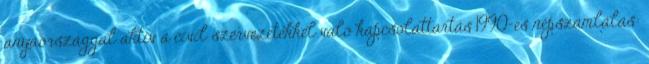
anyaországgal aktív a civil szervezetekkel való kapcsolattartás 1990-es népszámlálás: